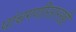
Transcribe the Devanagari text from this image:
पांचगणीसारखी